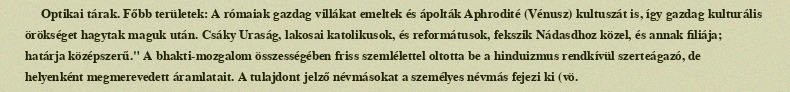
Optikai tárak. Főbb területek: A rómaiak gazdag villákat emeltek és ápolták Aphrodité (Vénusz) kultuszát is, így gazdag kulturális örökséget hagytak maguk után. Csáky Uraság, lakosai katolikusok, és reformátusok, fekszik Nádasdhoz közel, és annak filiája; határja középszerű." A bhakti-mozgalom összességében friss szemlélettel oltotta be a hinduizmus rendkívül szerteágazó, de helyenként megmerevedett áramlatait. A tulajdont jelző névmásokat a személyes névmás fejezi ki (vö.